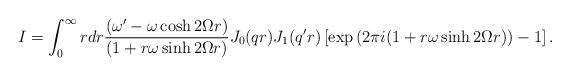
LaTeX: \begin{align*}I=\int_{0}^{\infty}rdr \frac{\left(\omega'-\omega\cosh 2\Omega r\right)} {\left(1+r\omega\sinh 2\Omega r\right)} J_{0}(qr)J_1(q'r) \left[\exp\left(2\pi i(1+r\omega\sinh 2\Omega r)\right)-1\right].\end{align*}